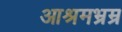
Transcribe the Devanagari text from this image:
आश्रमभ्रम्र